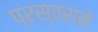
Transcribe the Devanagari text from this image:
प्रस्तराने